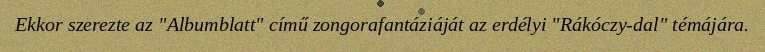
Ekkor szerezte az "Albumblatt" című zongorafantáziáját az erdélyi "Rákóczy-dal" témájára.